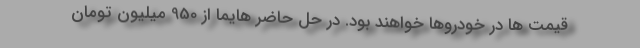
قیمت ها در خودروها خواهند بود. در حل حاضر هایما از 950 میلیون تومان